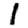
Digit: 1